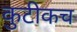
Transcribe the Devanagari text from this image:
कुटीकच